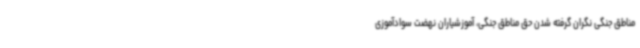
مناطق جنگی نگران گرفته شدن حق مناطق جنگی، آموزشیاران نهضت سوادآموزی